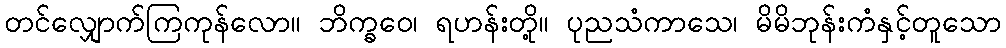
တင်လျှောက်ကြကုန်လော။ ဘိက္ခဝေ၊ ရဟန်းတို့။ ပုညသံကာသေ၊ မိမိဘုန်းကံနှင့်တူသော